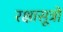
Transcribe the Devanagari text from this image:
रक्षासूत्रों